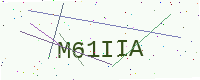
Text: M61IIA